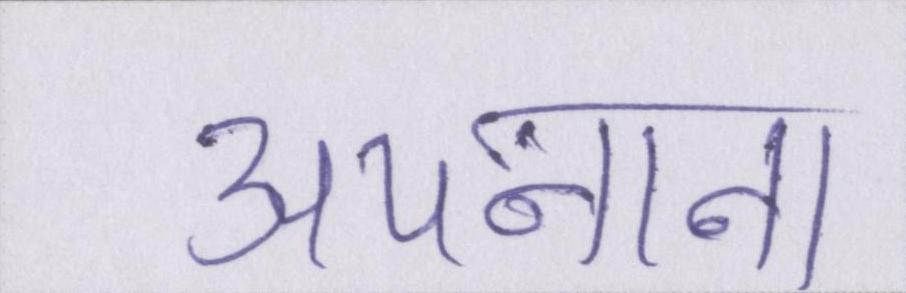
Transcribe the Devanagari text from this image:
अपनाना